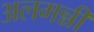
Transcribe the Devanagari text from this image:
अलमन्नी